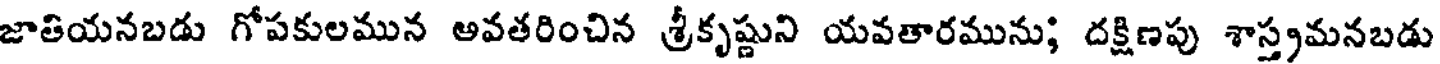
జాతియనబడు గోపకులమున అవతరించిన శ్రీకృష్ణుని యవతారమును; దక్షిణపు శాస్త్రమనబడు